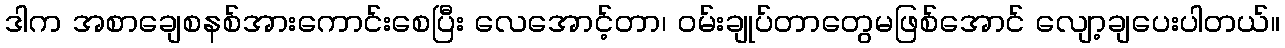
ဒါက အစာချေစနစ်အားကောင်းစေပြီး လေအောင့်တာ၊ ဝမ်းချုပ်တာတွေမဖြစ်အောင် လျော့ချပေးပါတယ်။